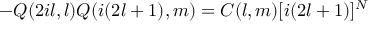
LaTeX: - Q ( 2 i l , l ) Q ( i ( 2 l + 1 ) , m ) = C ( l , m ) [ i ( 2 l + 1 ) ] ^ { N }